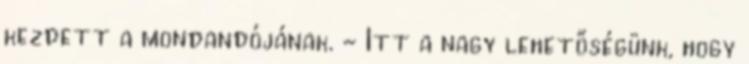
kezdett a mondandójának. - Itt a nagy lehetőségünk, hogy